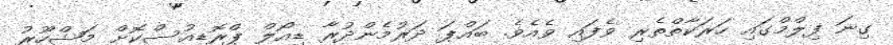
ގިނަ ފިލްމްގައި ހަރަކާތްތެރި ވެފައި ވެއެވެ. ބައްޕަ ދަރުމެންދުރާ ޑިއޯލް ޕްރޮޑިއުސްކޮށް މަޝްހޫރު